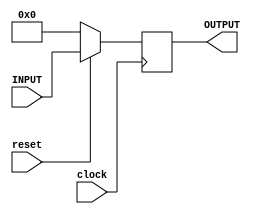
`timescale 1ns / 1ps
//////////////////////////////////////////////////////////////////////////////////
// Company: 
// Engineer: 
// 
// Design Name: 
// Module Name:    PC 
// Project Name: 
// Target Devices: 
// Tool versions: 
// Description: 
//
// Dependencies: 
//
// Revision: 
// Revision 0.01 - File Created
// Additional Comments: 
//
//////////////////////////////////////////////////////////////////////////////////
module PC(clock, reset, INPUT, OUTPUT);
    input clock;
	 input reset;
	 input [31:0] INPUT;
	 output reg [31:0] OUTPUT;
	 initial begin
	    OUTPUT <= 0;
	 end
	 always @ (negedge clock) //Not posedge
	 begin
	     if (!reset) OUTPUT = 32'b00000000000000000000000000000000;
		  else OUTPUT = INPUT;
	 end
	 /*always @ (reset)
	 begin
	     OUTPUT = 32'b00000000000000000000000000000000;
	 end*/

endmodule